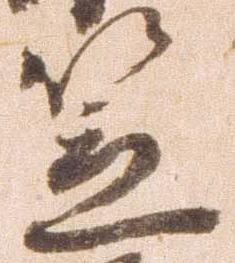
笠